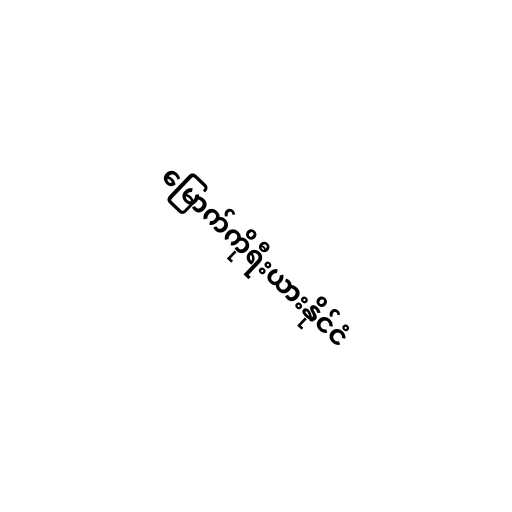
မြောက်ကိုရီးယားနိုင်ငံ